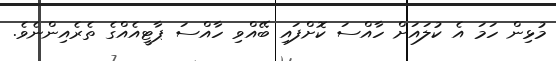
މުޅިން ހަމަ އެ ކުލައަށް ހާއްސަ ކޮށްފައި ބޭއްވި ހާއްސަ ޕާޓީއެއްގެ ތެރެއިންނެވެ.